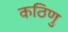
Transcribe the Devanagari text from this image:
कठिणु